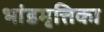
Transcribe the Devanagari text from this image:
भांडमृत्तिका